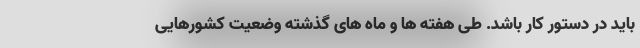
باید در دستور کار باشد. طی هفته ها و ماه های گذشته وضعیت کشورهایی